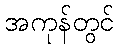
အကုန်တွင်